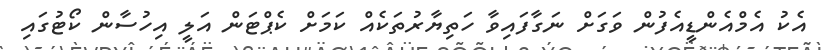
އެކު އެމްއެންޑީއެފުން ވަގަށް ނަގާފައިވާ ހަތިޔާރުތަކެއް ކަމަށް ކެޕްޓަން އަލީ އިހުސާން ކޯޓުގައި